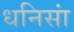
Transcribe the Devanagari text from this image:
धनिसां